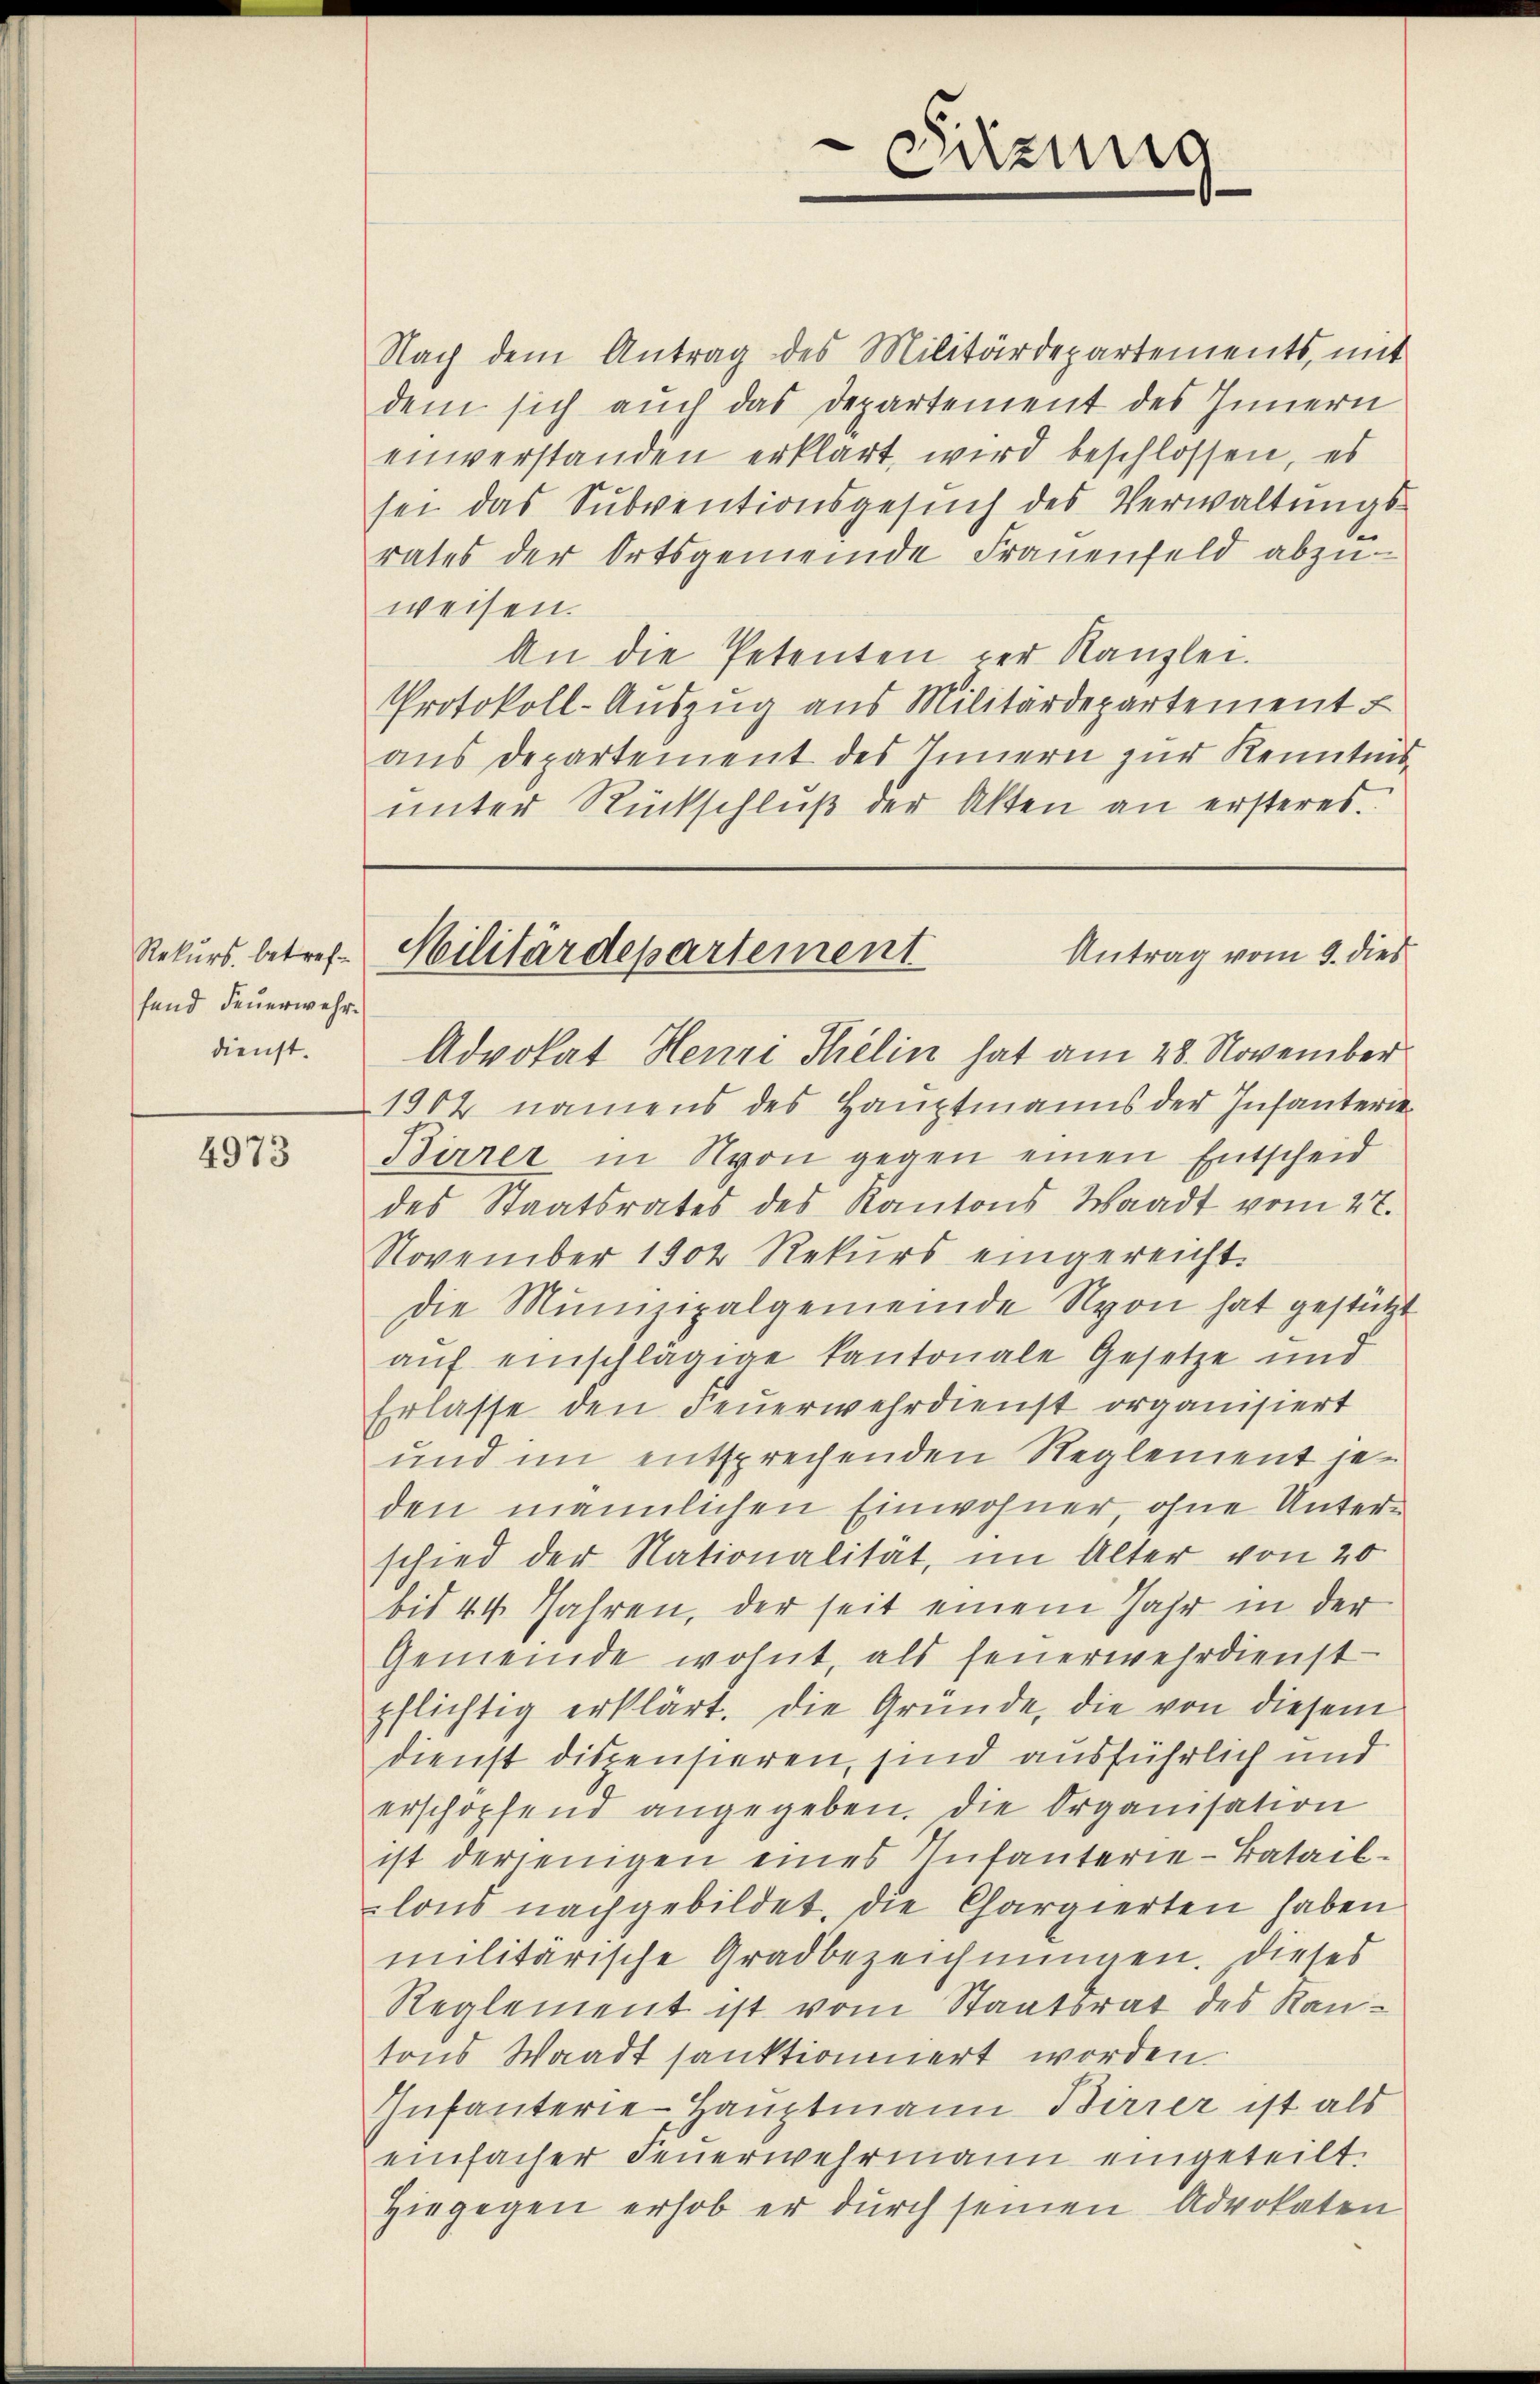
Rekurs, betreffend Feuerwehr.
dienst.

4973

Nach dem Antrag des Militärdepartements, mit
dem sich auch das Departement des Innern
einverstanden erklärt, wird beschlossen, es
sei das Subventionsgesuch des Verwaltungs-
rates der Ortsgemeinde Frauenfeld abzŭ-
weisen.
An die Petenten der Kanzlei.
Protokoll-Auszug aus Militärdepartement
aus Departement des Innern zur Kenntnisŭnter Rückschlŭβ der Akten an ersteres.

Advokat Henri Selin hat am 28. November
1902 namens des Hauptmanns der Infanterie¬
Birrer in von gegen einen Entscheid
des Staatsrates des Kantons Waadt vom 27.
November 1902 Rekurs eingereicht.
die Munizipalgemeinde Nyon hat gestützt
aŭf einschlägige Kantonale Gesetze und
Erlasse den Feuerwehrdienst organisiert
und im entsprechenden Reglement jet
den männlichen Einwohner, ohne Unterschied der Nationalität, im Alter von 20
bis 44 Jahren, der seit einem Jahr in der
Gemeinde wohnt, als feuerwehrdienst
pflichtig erklärt. Die Gründe, die von diesem
dienst dispensieren, sind ausführlich und
erschopfend angegeben. Die Organisation
ist derjenigen eines Infanterie-Bataillons nachgebildet, die Chargierten haben
militärische Gradbezeichnungen. Dieses
Reglement ist vom Staatsrat des Kantons Waadt sanktionniert worden.
Infanterie Hauptmann Birrer ist als
einfacher Feŭerwehrmann eingeteilt.
Hiegegen erhob er durch seinen Advokaten

1
Sitzung

Antrag vom 9. dies
Militärdepartement